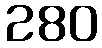
280